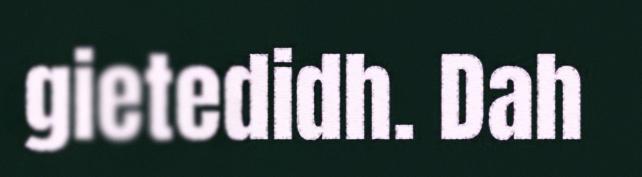
gietedidh. Dah